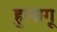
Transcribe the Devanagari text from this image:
हुलागू